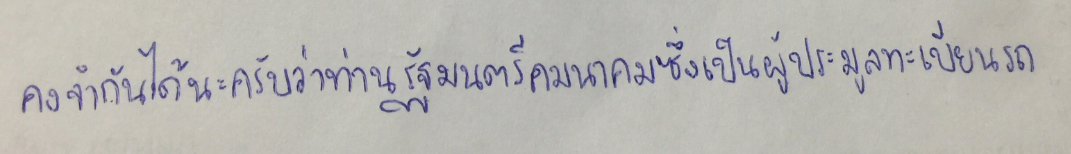
คงจำกันได้นะครับว่าท่านรัฐมนตรีคมนาคมซึ่งเป็นผู้ประมูลทะเบียนรถ